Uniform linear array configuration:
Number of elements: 48
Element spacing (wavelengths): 0.75
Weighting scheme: hamming
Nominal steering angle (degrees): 60
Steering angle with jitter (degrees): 59.616
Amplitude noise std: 0.05
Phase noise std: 0.05

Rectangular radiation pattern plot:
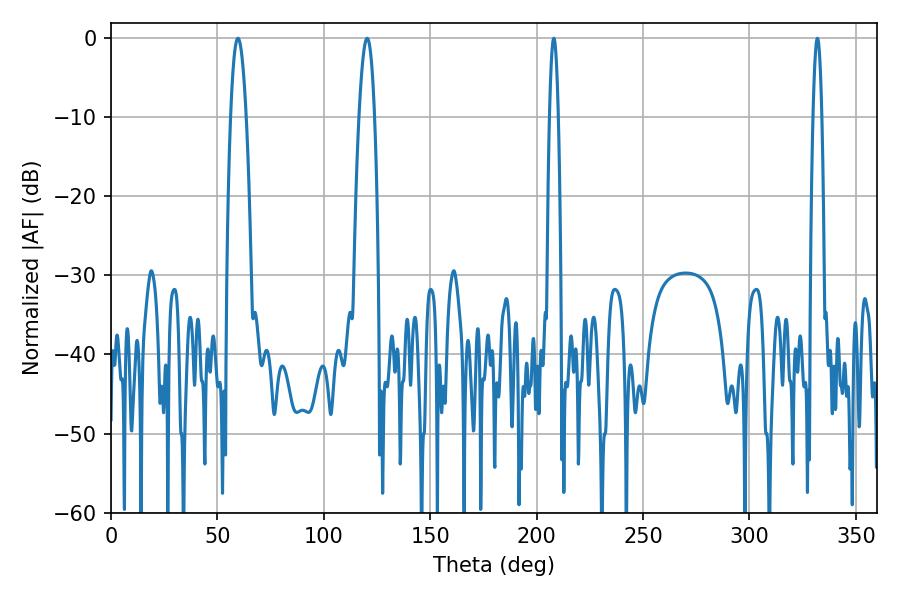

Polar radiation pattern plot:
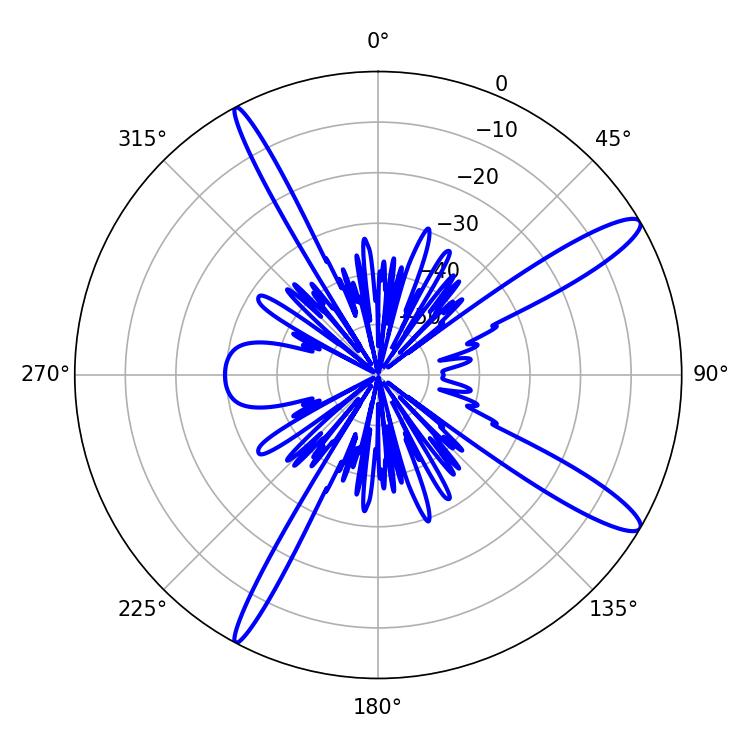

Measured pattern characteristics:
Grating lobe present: TRUE
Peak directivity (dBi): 13.45
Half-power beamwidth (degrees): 2.16
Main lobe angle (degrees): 208.08